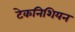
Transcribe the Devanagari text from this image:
टेकनिशियन